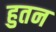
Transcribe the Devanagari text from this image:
हुतन